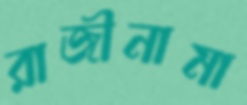
রাজীনামা